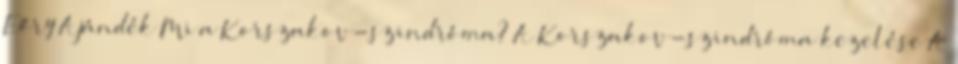
Eőry Ajándék Mi a Korszakov-szindróma? A Korszakov-szindróma kezelése A